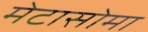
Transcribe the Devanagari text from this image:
मेटासोमा